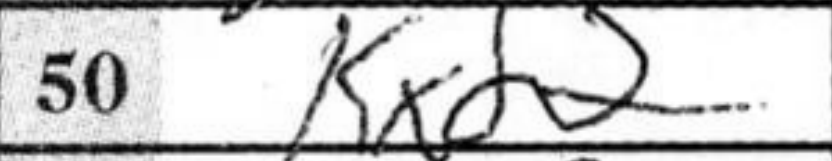
Transcription: Kxd2